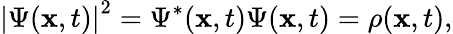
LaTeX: \left|\Psi(\mathbf{x},t)\right|^{2}=\Psi^{*}(\mathbf{x},t)\Psi(\mathbf{x},t)=\rho(\mathbf{x},t),